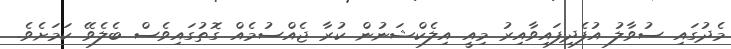
މެދުގައި ސުވާލު އުފެދިފައިވާއިރު މިއީ އިލެކްޝަނުން ކުރާ ޖެއްސުމެއް ގޮތުގައިވެސް ބެލެވޭ ކަމަށެވެ.